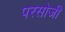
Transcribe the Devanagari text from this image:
परसोजी